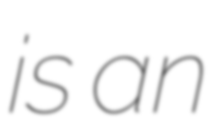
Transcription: is an